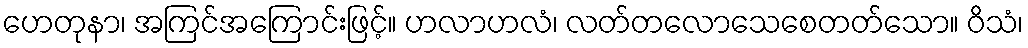
ဟေတုနာ၊ အကြင်အကြောင်းဖြင့်။ ဟလာဟလံ၊ လတ်တလောသေစေတတ်သော။ ဝိသံ၊